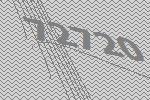
72720